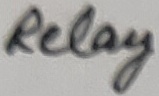
Text: Relay